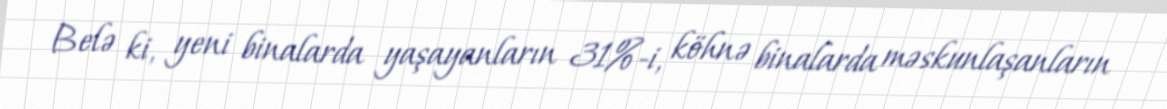
Belə ki, yeni binalarda yaşayanların 31%-i, köhnə binalarda məskunlaşanların